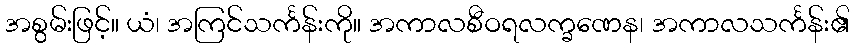
အစွမ်းဖြင့်။ ယံ၊ အကြင်သင်္ကန်းကို။ အကာလစီဝရလက္ခဏေန၊ အကာလသင်္ကန်း၏